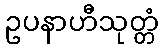
ဥပနာဟီသုတ္တံ